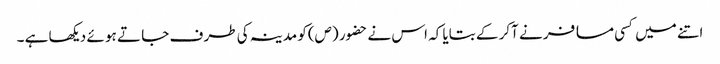
اتنے میں کسی مسا فر نے آکر کے بتایا کہ اس نے حضور (ص)کو مدینہ کی طر ف جا تے ہو ئے دیکھا ہے ۔